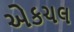
એકચલ